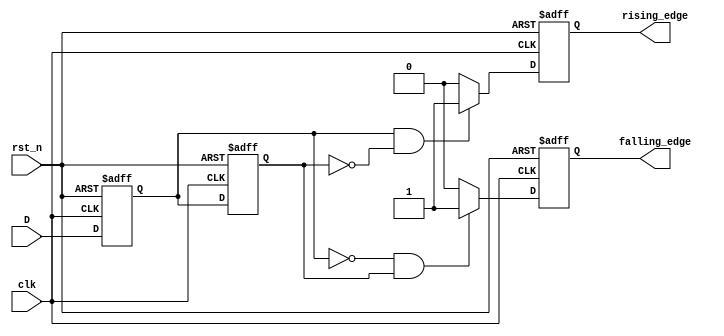
module glitch_free_edge_detector (
    input wire clk,          // Clock signal
    input wire rst_n,       // Active low reset
    input wire D,           // Input signal to be monitored
    output reg rising_edge,  // Output signal for rising edge detection
    output reg falling_edge  // Output signal for falling edge detection
);

    // Memory blocks to store previous and current states
    reg D_prev;             // Previous state of the input signal
    reg D_curr;             // Current state of the input signal

    // Edge detection logic
    always @(posedge clk or negedge rst_n) begin
        if (!rst_n) begin
            // Reset condition
            D_prev <= 1'b0;
            D_curr <= 1'b0;
            rising_edge <= 1'b0;
            falling_edge <= 1'b0;
        end else begin
            // Sample the current state of the input signal
            D_curr <= D;

            // Detect rising edge
            if (D_curr == 1'b1 && D_prev == 1'b0) begin
                rising_edge <= 1'b1;  // Rising edge detected
            end else begin
                rising_edge <= 1'b0;  // No rising edge
            end

            // Detect falling edge
            if (D_curr == 1'b0 && D_prev == 1'b1) begin
                falling_edge <= 1'b1;  // Falling edge detected
            end else begin
                falling_edge <= 1'b0;  // No falling edge
            end

            // Update previous state for the next clock cycle
            D_prev <= D_curr;
        end
    end

endmodule